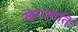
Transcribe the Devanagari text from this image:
खंगजाति